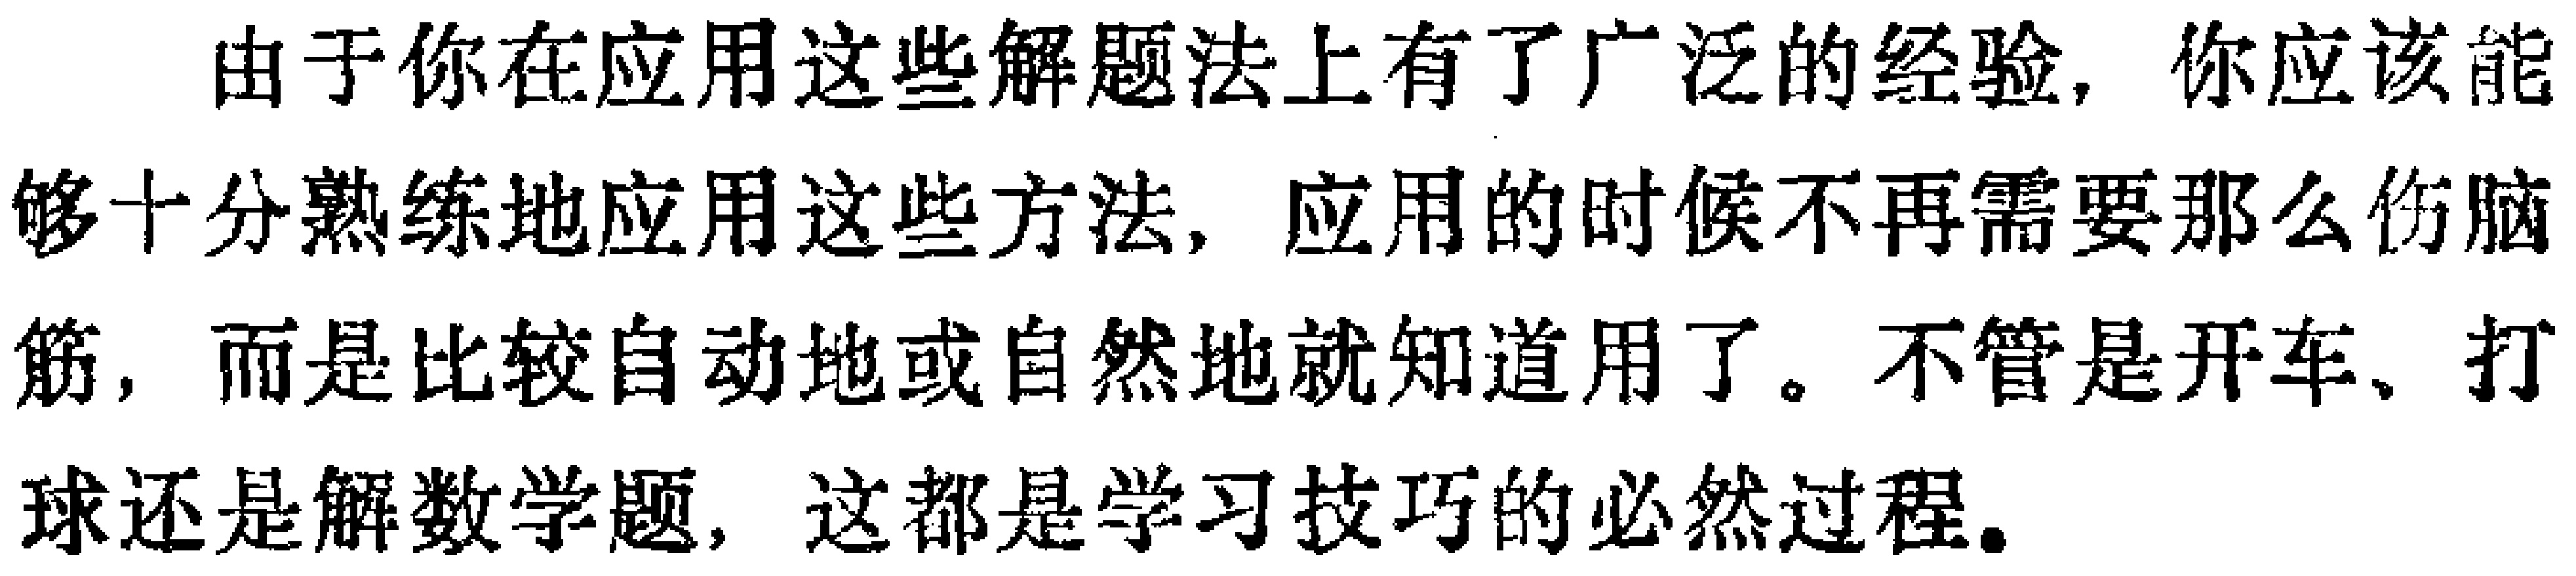
由于你在应用这些解题法上有了广泛的经验，你应该能够十分熟练地应用这些方法，应用的时候不再需要那么伤脑筋，而是比较自动地或自然地就知道用了。不管是开车、打球还是解数学题，这都是学习技巧的必然过程。